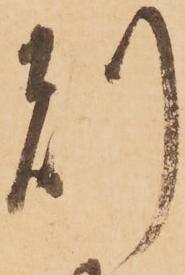
刻